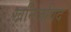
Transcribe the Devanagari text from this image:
खनिजविद